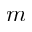
m